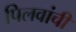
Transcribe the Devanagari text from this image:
पिलवांची